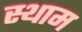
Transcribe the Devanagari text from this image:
स्थाम